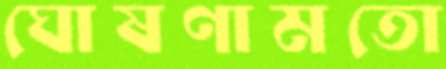
ঘোষণামতো